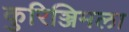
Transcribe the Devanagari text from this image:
कुरिञ्जिमला